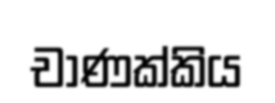
චාණක්කිය